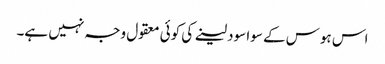
اس ہوس کے سوا سود لینے کی کوئی معقول وجہ نہیں ہے۔